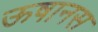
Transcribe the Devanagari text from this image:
ऊषानस